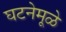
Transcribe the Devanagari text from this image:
घटनेमूळे